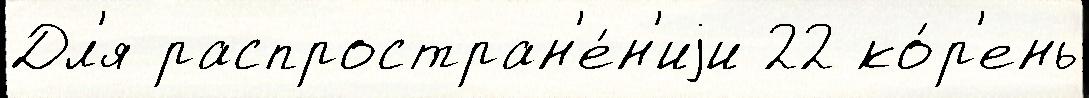
Дл'я распростран'е́н'иjи 22 ко́р'ень